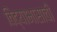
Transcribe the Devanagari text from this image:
विद्याभासाची